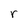
Character: r